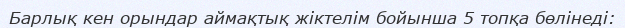
Барлық кен орындар аймақтық жіктелім бойынша 5 топқа бөлінеді: